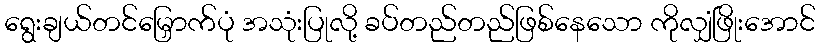
ရွေးချယ်တင်မြှောက်ပုံ အသုံးပြုလို့ ခပ်တည်တည်ဖြစ်နေသော ကိုလျှံဖြိုးအောင်